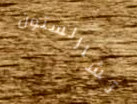
تشارلستون